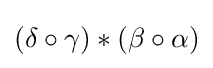
(\delta \circ \gamma )*(\beta \circ \alpha )